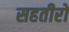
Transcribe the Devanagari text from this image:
सहतीरों